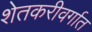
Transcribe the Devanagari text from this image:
शेतकरीवर्गात